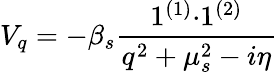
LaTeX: V_{q}=-\beta_{s}\frac{1^{(1)}{\cdot}1^{(2)}}{q^{2}+\mu_{s}^{2}-i\eta}